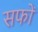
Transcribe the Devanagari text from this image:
सफों